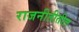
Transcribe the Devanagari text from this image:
राजनीतीतील